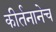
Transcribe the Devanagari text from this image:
कीर्तनानेच